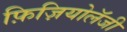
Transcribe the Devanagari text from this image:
फ़िज़ियोलॅजी